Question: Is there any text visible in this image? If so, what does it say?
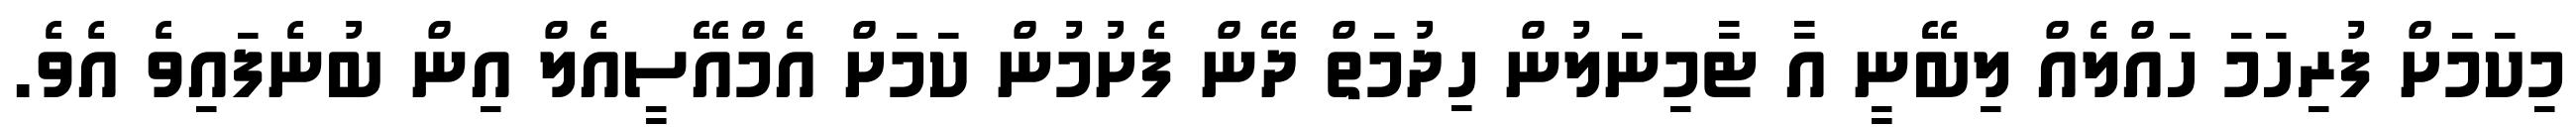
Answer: މިކަމަށް ފުރިހަމަ ހައްލެއް ލިބޭނީ އާ ޓާމިނަލުން ހިދުމަތް ދޭން ފެށުމުން ކަމަށް އެމްއޭސީއެލް އިން ބުނެފައިވެ އެވެ.